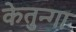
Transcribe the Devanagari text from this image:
केतुन्गा